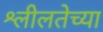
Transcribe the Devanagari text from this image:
श्लीलतेच्या